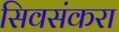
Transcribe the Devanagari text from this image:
सिवसंकरा